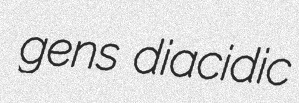
gens diacidic